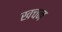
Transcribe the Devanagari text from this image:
खचन